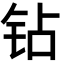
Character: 钻